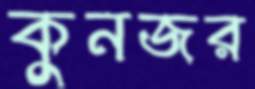
কুনজর